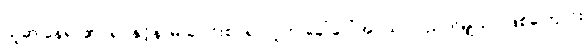
ယူဆ နေရာ၏။ ရုပ်နှင့်နာမ် ပေါင်းစပ်၍ လူဟု ခေါ်ဝေါ်အပ်သာ ပညတ်မျှသာ ဖြစ်ကြောင်း